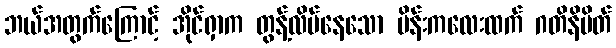
ဘယ်အတွက်ကြောင့် အိုင်ရှာက တွန့်လိမ်နေသော မိန်းကလေးထက် ဂတိနိမိတ်